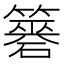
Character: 𥵼